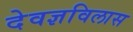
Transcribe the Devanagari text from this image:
देवज्ञविलास